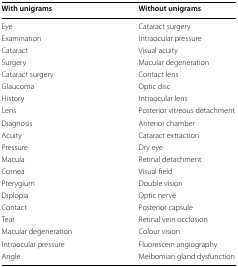
<table><thead><tr><td><b>With unigrams</b></td><td><b>Without unigrams</b></td></tr></thead><tbody><tr><td>Eye</td><td>Cataract surgery</td></tr><tr><td>Examination</td><td>Intraocular pressure</td></tr><tr><td>Cataract</td><td>Visual acuity</td></tr><tr><td>Surgery</td><td>Macular degeneration</td></tr><tr><td>Cataract surgery</td><td>Contact lens</td></tr><tr><td>Glaucoma</td><td>Optic disc</td></tr><tr><td>History</td><td>Intraocular lens</td></tr><tr><td>Lens</td><td>Posterior vitreous detachment</td></tr><tr><td>Diagnosis</td><td>Anterior chamber</td></tr><tr><td>Acuity</td><td>Cataract extraction</td></tr><tr><td>Pressure</td><td>Dry eye</td></tr><tr><td>Macula</td><td>Retinal detachment</td></tr><tr><td>Cornea</td><td>Visual field</td></tr><tr><td>Pterygium</td><td>Double vision</td></tr><tr><td>Diplopia</td><td>Optic nerve</td></tr><tr><td>Contact</td><td>Posterior capsule</td></tr><tr><td>Tear</td><td>Retinal vein occlusion</td></tr><tr><td>Macular degeneration</td><td>Colour vision</td></tr><tr><td>Intraocular pressure</td><td>Fluorescein angiography</td></tr><tr><td>Angle</td><td>Meibomian gland dysfunction</td></tr></tbody></table>